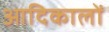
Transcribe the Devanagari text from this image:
आदिकालों